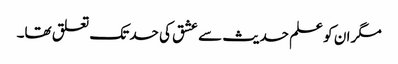
مگر ان کو علم حدیث سے عشق کی حد تک تعلق تھا۔